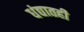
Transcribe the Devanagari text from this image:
धंद्यातही